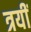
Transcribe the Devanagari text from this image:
त्रयीं